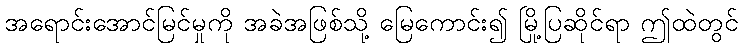
အရောင်းအောင်မြင်မှုကို အခဲအဖြစ်သို့ မြေကောင်း၍ မြို့ပြဆိုင်ရာ ဤထဲတွင်